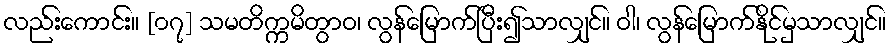
လည်းကောင်း။ [၀၇] သမတိက္ကမိတွာဝ၊ လွန်မြောက်ပြီး၍သာလျှင်။ ဝါ၊ လွန်မြောက်နိုင်မှသာလျှင်။